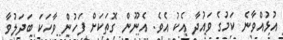
އުޅުއްވާނެ ކަމުގެ ވަައުދާ އެކު އެވެ. އެނޫން ގޮތަކަށް ފަހުން ވާހަކަ ބަދަލުވާ